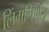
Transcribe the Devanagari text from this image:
लिंगनिर्णय